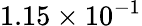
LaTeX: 1.15\times 10^{-1}